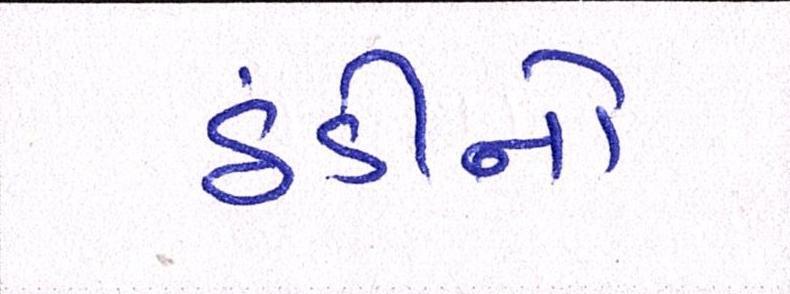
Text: ઠંડીનો